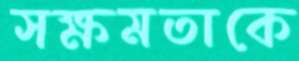
সক্ষমতাকে